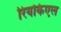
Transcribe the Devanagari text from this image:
रियकिएल